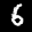
Label: 6